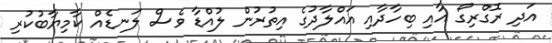
އަދި ރޮގްރިގޯ އާއި ބިހާދާއި އައްލާދުގެ އިތުރުން ލުއްޑާ ވެސް ލަނޑެއް ކާމިޔާބުކުރި